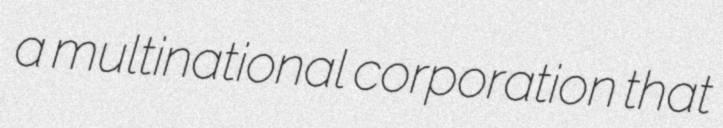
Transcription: a multinational corporation that